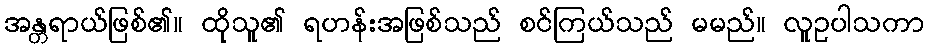
အန္တရာယ်ဖြစ်၏။ ထိုသူ၏ ရဟန်းအဖြစ်သည် စင်ကြယ်သည် မမည်။ လူဥပါသကာ